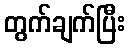
တွက်ချက်ပြီး